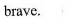
brave.